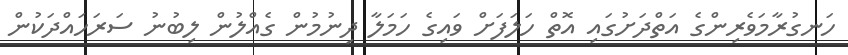
ހަނގުރާމަވެރިންގެ އަތްދަށުގައި އޮތް ހަލަފަށް ވައިގެ ހަމަލާ ދިނުމުން ގެއްލުން ލިބުނު ސަރަހައްދަކުން